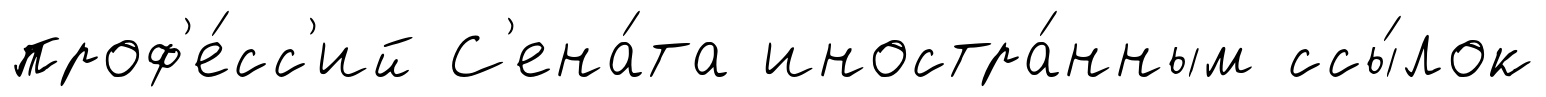
проф'е́сс'ий С'ена́та иностра́нным ссы́лок